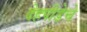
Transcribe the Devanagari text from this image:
देहपीडेचे